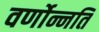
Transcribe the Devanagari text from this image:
वर्णोन्नति